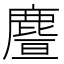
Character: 𪊥